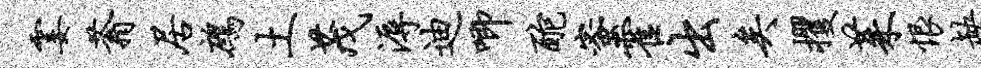
霎蓊居鹧土茂溽迪唧酡蜜霍出矣攫茱恨缺